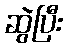
ဆွဲပြီး